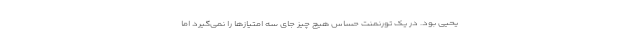
یحیی بود. در یک تورنمنت حساس هیچ چیز جای سه امتیازها را نمی‌گیرد اما